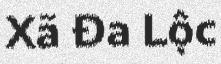
Xã Đa Lộc